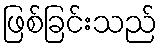
ဖြစ်ခြင်းသည်